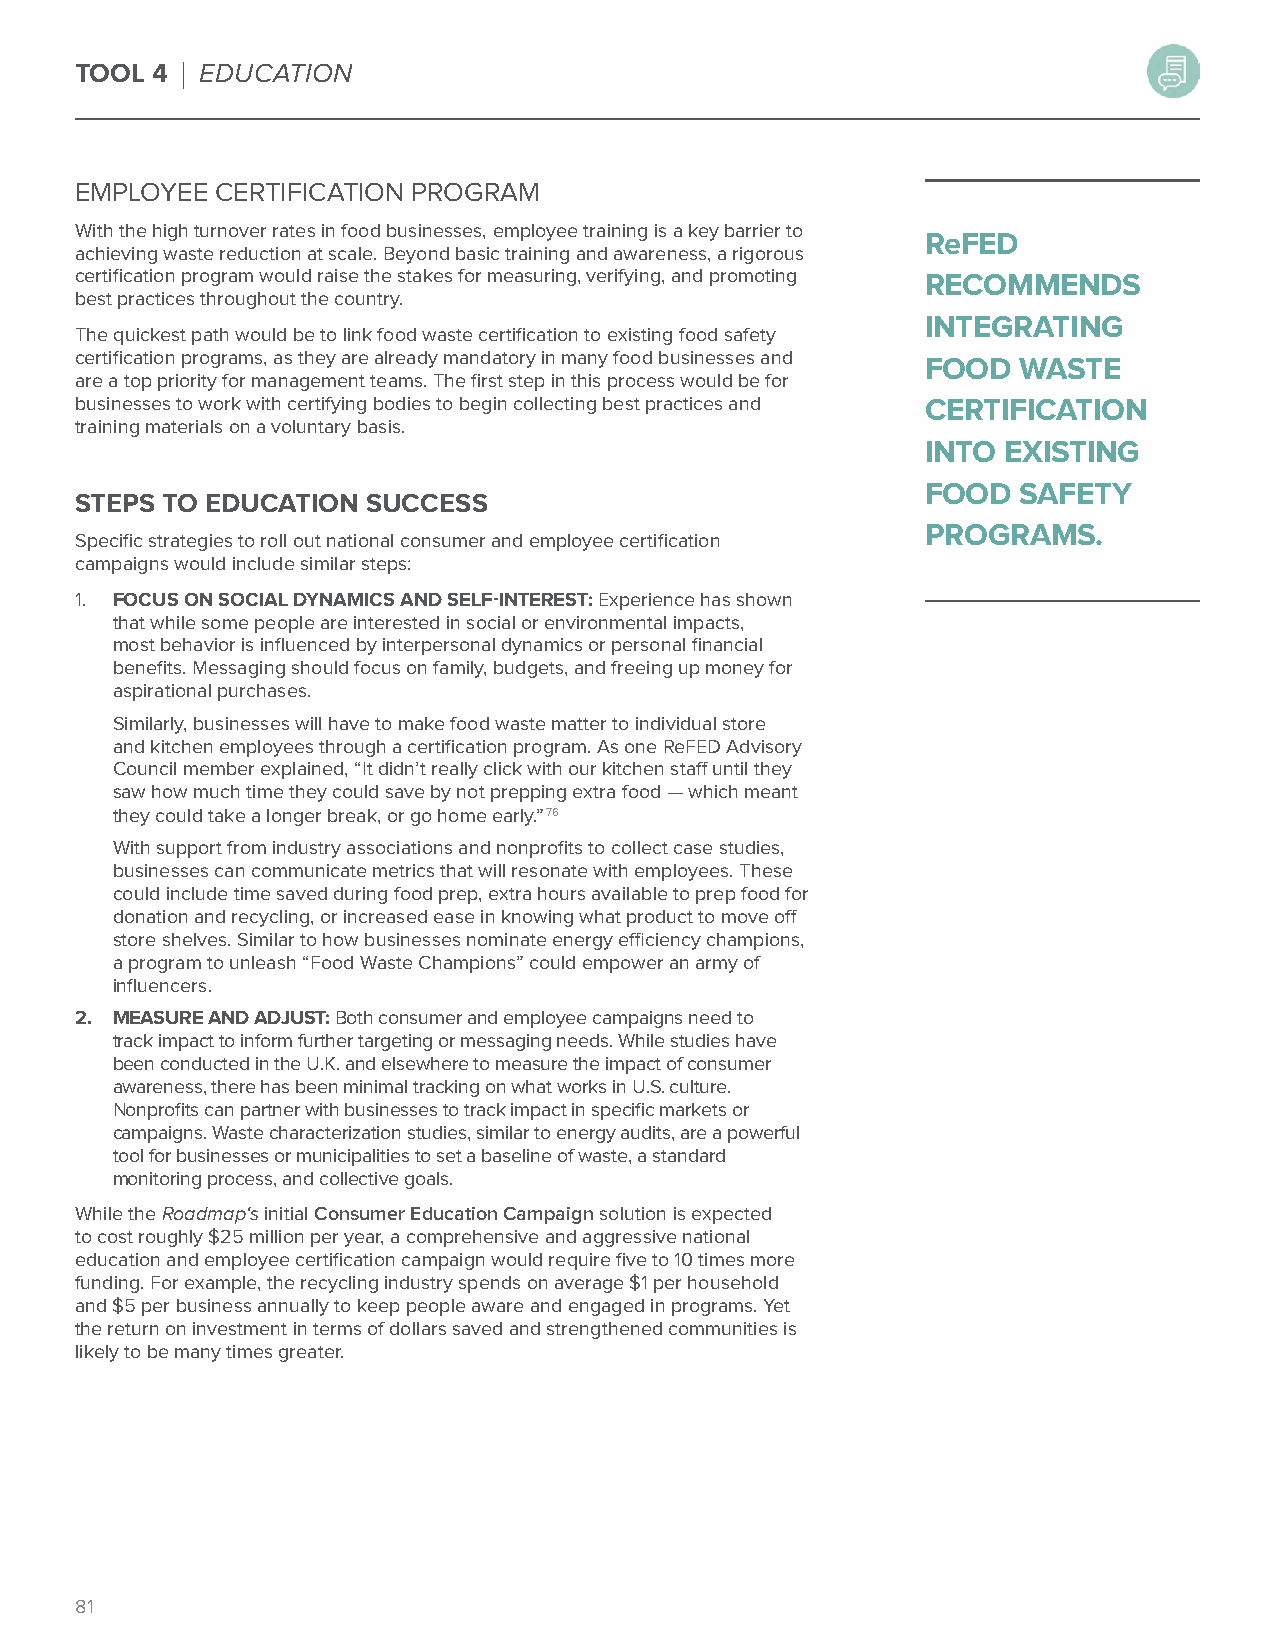
TOOL 4 | EDUCATION
 EMPLOYEE CERTIFICATION PROGRAM
 With the high turnover rates in food businesses, employee training is a key barrier to
 ReFED
 achieving waste reduction at scale. Beyond basic training and awareness, a rigorous
 certification program would raise the stakes for measuring, verifying, and promoting RECOMMENDS
 best practices throughout the country.
 INTEGRATING
 The quickest path would be to link food waste certification to existing food safety
 certification programs, as they are already mandatory in many food businesses and
 FOOD   WASTE
 are a top priority for management teams. The first step in this process would be for
 businesses to work with certifying bodies to begin collecting best practices and CERTIFICATION
 training materials on a voluntary basis.
 INTO EXISTING
 FOOD   SAFETY
 STEPS TO EDUCATION SUCCESS
 PROGRAMS.
 Specific strategies to roll out national consumer and employee certification
 campaigns would include similar steps:
 1. FOCUS ON SOCIAL DYNAMICS AND SELF-INTEREST: Experience has shown
 that while some people are interested in social or environmental impacts,
 most behavior is influenced by interpersonal dynamics or personal financial
 benefits. Messaging should focus on family, budgets, and freeing up money for
 aspirational purchases.
 Similarly, businesses will have to make food waste matter to individual store
 and kitchen employees through a certification program. As one ReFED Advisory
 Council member explained, “It didn’t really click with our kitchen staff until they
 saw how much time they could save by not prepping extra food — which meant
 they could take a longer break, or go home early.”76
 With support from industry associations and nonprofits to collect case studies,
 businesses can communicate metrics that will resonate with employees. These
 could include time saved during food prep, extra hours available to prep food for
 donation and recycling, or increased ease in knowing what product to move off
 store shelves. Similar to how businesses nominate energy efficiency champions,
 a program to unleash “Food Waste Champions” could empower an army of
 influencers.
 2. MEASURE AND ADJUST: Both consumer and employee campaigns need to
 track impact to inform further targeting or messaging needs. While studies have
 been conducted in the U.K. and elsewhere to measure the impact of consumer
 awareness, there has been minimal tracking on what works in U.S. culture.
 Nonprofits can partner with businesses to track impact in specific markets or
 campaigns. Waste characterization studies, similar to energy audits, are a powerful
 tool for businesses or municipalities to set a baseline of waste, a standard
 monitoring process, and collective goals.
 While the Roadmap‘s initial Consumer Education Campaign solution is expected
 to cost roughly $25 million per year, a comprehensive and aggressive national
 education and employee certification campaign would require five to 10 times more
 funding. For example, the recycling industry spends on average $1 per household
 and $5 per business annually to keep people aware and engaged in programs. Yet
 the return on investment in terms of dollars saved and strengthened communities is
 likely to be many times greater.
 81